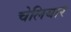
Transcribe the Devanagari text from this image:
चेलियार